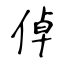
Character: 倬